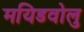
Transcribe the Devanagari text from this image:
मयिडवोलु